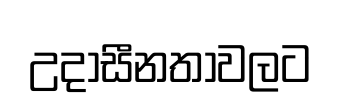
උදාසීනතාවලට